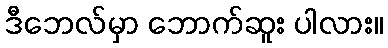
ဒီဘေလ်မှာ ဘောက်ဆူး ပါလား။